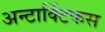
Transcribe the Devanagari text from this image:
अन्टार्क्टिकस